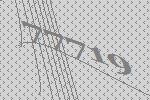
77719